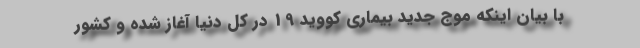
با بیان اینکه موج جدید بیماری کووید 19 در کل دنیا آغاز شده و کشور